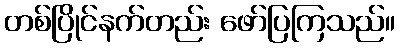
တစ်ပြိုင်နက်တည်း ဖော်ပြကြသည်။